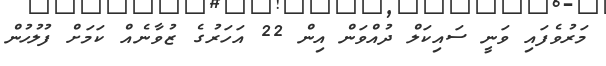
މަރުވެފައި ވަނީ ސައިކަލް ދުއްވަން އިން 22 އަހަރުގެ ޒުވާނެއް ކަމަށް ފުލުހުން